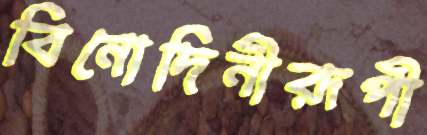
বিনোদিনীরূপী